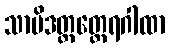
သာမိဒတ္တတ္ထေရဂါထာ